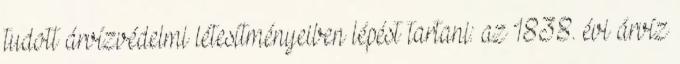
tudott árvízvédelmi létesítményeiben lépést tartani: az 1838. évi árvíz